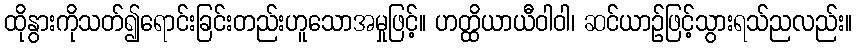
ထိုနွားကိုသတ်၍ရောင်းခြင်းတည်းဟူသောအမှုဖြင့်။ ဟတ္ထိယာယီဝါဝါ၊ ဆင်ယာဉ်ဖြင့်သွားရသ်ညလည်း။